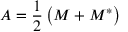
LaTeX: A = { \frac { 1 } { 2 } } \left( M + M ^ { * } \right)